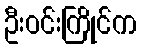
ဦးဝင်းကြိုင်က